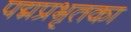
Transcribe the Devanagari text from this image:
पद्मप्रभृतका